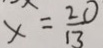
x = \frac { 2 0 } { 1 3 }